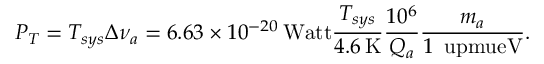
P _ { T } = T _ { s y s } \Delta \nu _ { a } = 6 . 6 3 \times 1 0 ^ { - 2 0 } \, \mathrm { W a t t } \frac { T _ { s y s } } { 4 . 6 \, \mathrm { K } } \frac { 1 0 ^ { 6 } } { Q _ { a } } \frac { m _ { a } } { 1 \, \mathrm { \ u p m u e V } } .